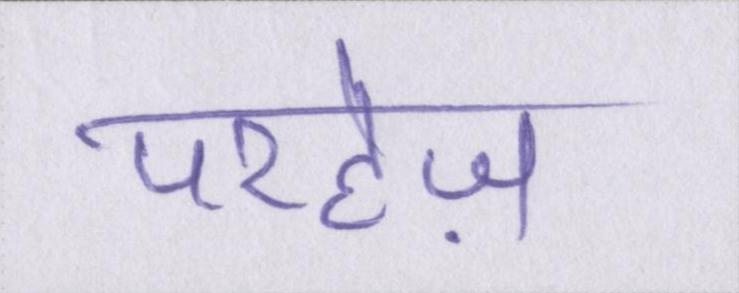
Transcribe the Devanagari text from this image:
परहेज़